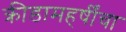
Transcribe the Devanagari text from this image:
क्रीडामहर्षींचा